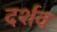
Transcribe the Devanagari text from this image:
दर्शव